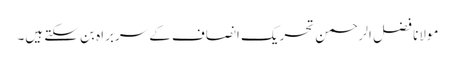
مولانا فضل الرحمن تحریک انصاف کے سربراہ بن سکتے ہیں۔